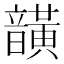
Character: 𮧾